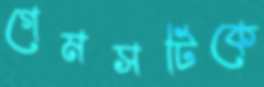
গেমসটিকে